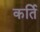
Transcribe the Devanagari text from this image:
कर्ति